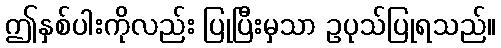
ဤနှစ်ပါးကိုလည်း ပြုပြီးမှသာ ဥပုသ်ပြုရသည်။